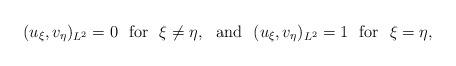
LaTeX: \begin{align*}(u_{\xi},v_{\eta})_{L^2}=0 \,\,\,\, \hbox{for}\,\,\,\, \xi\neq\eta, \,\,\,\, \hbox{and} \,\,\,\,(u_{\xi},v_{\eta})_{L^2}=1 \,\,\,\, \hbox{for} \,\,\,\, \xi=\eta,\end{align*}